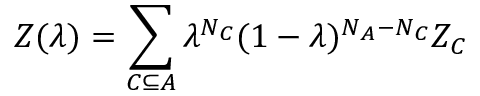
Z ( \lambda ) = \sum _ { C \subseteq A } \lambda ^ { N _ { C } } ( 1 - \lambda ) ^ { N _ { A } - N _ { C } } Z _ { C }